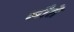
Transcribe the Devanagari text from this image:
लौते